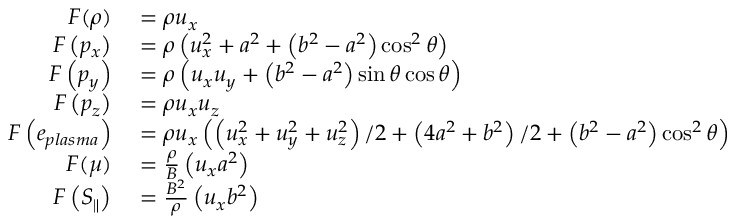
\begin{array} { r l } { F ( \rho ) } & { { } = \rho u _ { x } } \\ { F \left( p _ { x } \right) } & { { } = \rho \left( u _ { x } ^ { 2 } + a ^ { 2 } + \left( b ^ { 2 } - a ^ { 2 } \right) \cos ^ { 2 } \theta \right) } \\ { F \left( p _ { y } \right) } & { { } = \rho \left( u _ { x } u _ { y } + \left( b ^ { 2 } - a ^ { 2 } \right) \sin \theta \cos \theta \right) } \\ { F \left( p _ { z } \right) } & { { } = \rho u _ { x } u _ { z } } \\ { F \left( e _ { p l a s m a } \right) } & { { } = \rho u _ { x } \left( \left( u _ { x } ^ { 2 } + u _ { y } ^ { 2 } + u _ { z } ^ { 2 } \right) / 2 + \left( 4 a ^ { 2 } + b ^ { 2 } \right) / 2 + \left( b ^ { 2 } - a ^ { 2 } \right) \cos ^ { 2 } \theta \right) } \\ { F ( \mu ) } & { { } = \frac { \rho } { B } \left( u _ { x } a ^ { 2 } \right) } \\ { F \left( S _ { \| } \right) } & { { } = \frac { B ^ { 2 } } { \rho } \left( u _ { x } b ^ { 2 } \right) } \end{array}